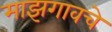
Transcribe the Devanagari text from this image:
माझगावचे